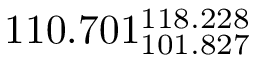
1 1 0 . 7 0 1 _ { 1 0 1 . 8 2 7 } ^ { 1 1 8 . 2 2 8 }